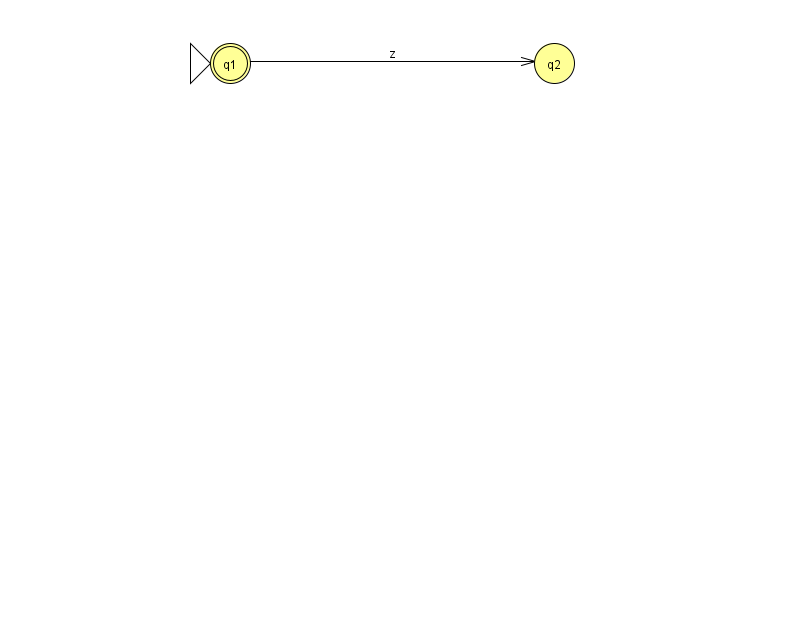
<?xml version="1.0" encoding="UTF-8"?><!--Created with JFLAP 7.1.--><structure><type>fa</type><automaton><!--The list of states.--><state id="1" name="q1"><x>230.0</x><y>50.0</y><initial/><final/></state><state id="2" name="q2"><x>554.0</x><y>50.0</y></state><!--The list of transitions.--><transition><from>1</from><to>2</to><read>z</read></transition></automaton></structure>